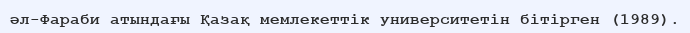
әл-Фараби атындағы Қазақ мемлекеттік университетін бітірген (1989).